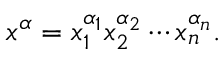
x ^ { \alpha } = x _ { 1 } ^ { \alpha _ { 1 } } x _ { 2 } ^ { \alpha _ { 2 } } \cdots x _ { n } ^ { \alpha _ { n } } .